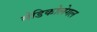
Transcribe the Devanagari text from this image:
मेडिकोलेगल